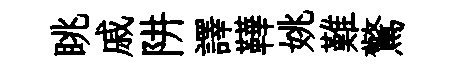
眺戚阱譯鞾姚難驚